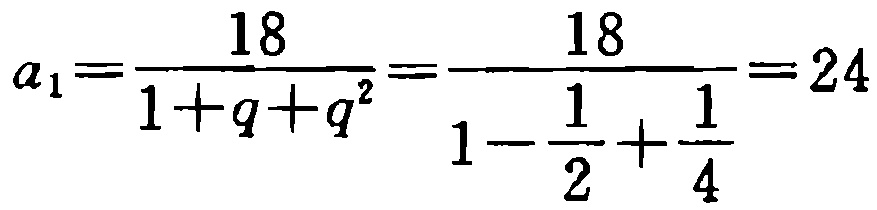
\[a_{1}=\frac{18}{1 + q + q^{2}}=\frac{18}{1-\frac{1}{2}+\frac{1}{4}}=24\]